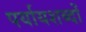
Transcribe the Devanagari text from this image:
पर्यायशब्दों